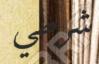
شرطي